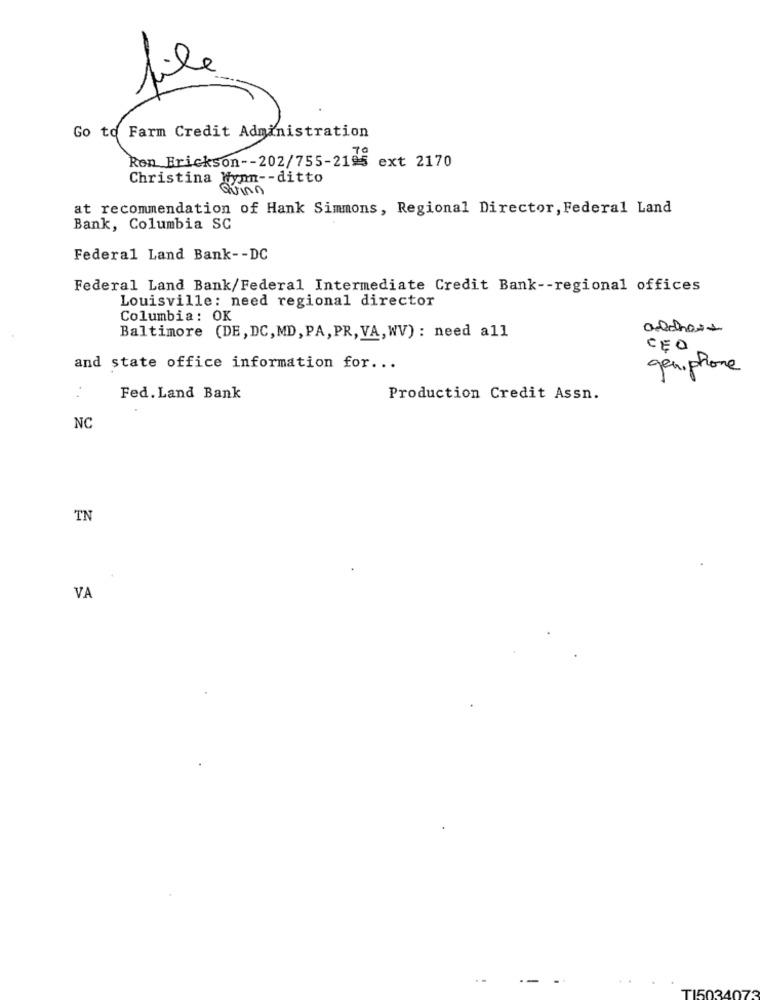
file
Go to Farm Credit Administration
Ron Erickson -- 202/755-2195
ext 2170
Christina Wynn -- ditto
Quinn
at recommendation of Hank Simmons, Regional Director, Federal Land
Bank, Columbia SC
Federal Land Bank -- DC
Federal Land Bank/Federal Intermediate Credit Bank -- regional offices
Louisville: need regional director
Columbia: OK
Baltimore (DE, DC, MD, PA, PR,VA,WV) : need all
CEO
and state office information for ...
geniphone
..
Fed. Land Bank
Production Credit Assn.
NC
TN
VA
TI5